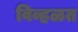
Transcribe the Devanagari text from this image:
विव्हळत